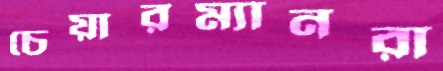
চেয়ারম্যানরা